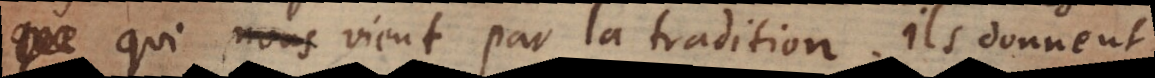
e qui vient par la tradition. Ils donnent